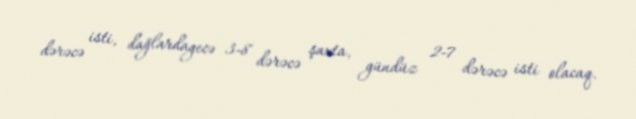
dərəcə isti, dağlardagecə 3-8 dərəcə şaxta, gündüz 2-7 dərəcə isti olacaq.